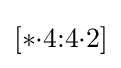
[*{\cdot }4{:}4{\cdot }2]